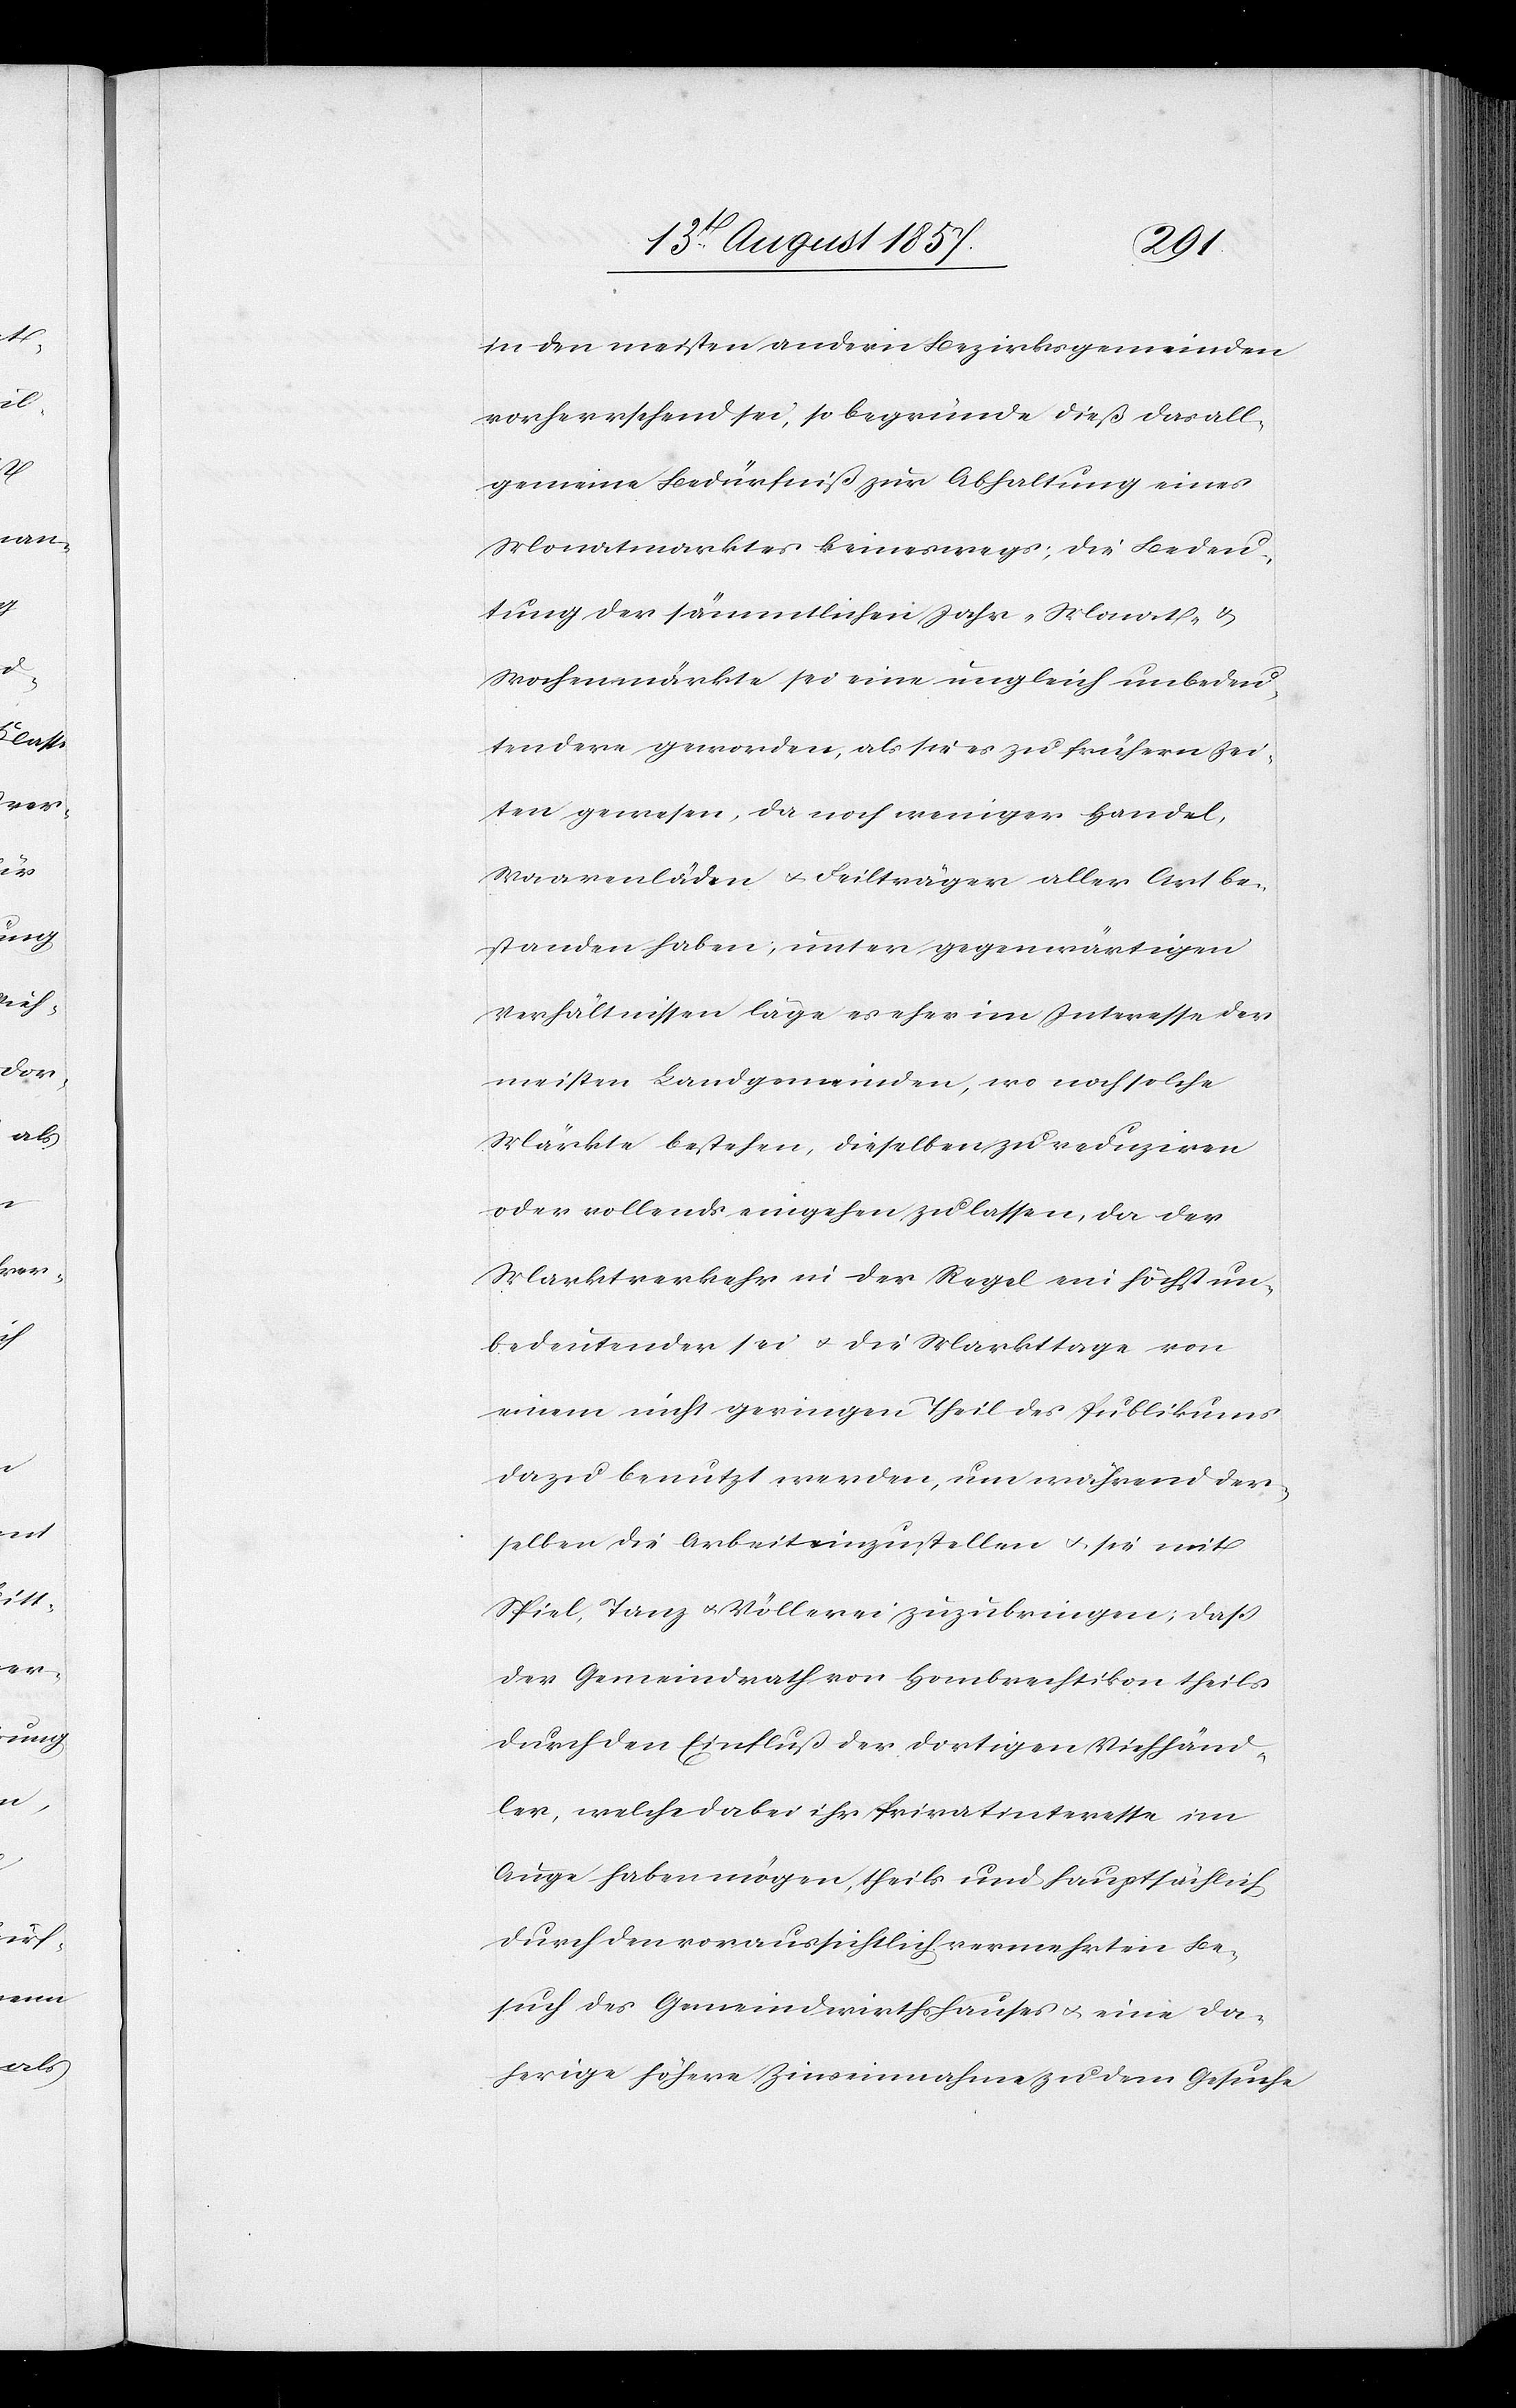
in den meisten andern Bezirksgemeinden
vorherrschend sei, so begründe dieß das all¬
gemeine Bedürfniß zur Abhaltung eines
Monatmarktes keineswegs; die Bedeu¬
tung der sämmtlichen Jahr- Monat- &
Wochenmärkte sei eine ungleich unbedeu¬
tendere geworden, als sie es zu frühern Zei¬
ten gewesen, da noch weniger Handel,
Waarenläden & Feilträger aller Art be¬
standen haben, unter gegenwärtigen
Verhältnissen läge es eher im Interesse der
meisten Landgemeinden, wo noch solche
Märkte bestehen, dieselben zu reduziren
oder vollends eingehen zu lassen, da der
Marktverkehr in der Regel ein höchst un¬
bedeutender sei & die Markttage von
einem nicht geringen Theil des Publikums
dazu benutzt werden, um während der¬
selben die Arbeit einzustellen & sie mit
Spiel, Tanz & Völlerei zuzubringen; daß
der Gemeindrath von Hombrechtikon theils
durch den Einfluß der dortigen Viehhänd¬
ler, welche dabei ihr Privatinteresse im
Auge haben mögen, theils und hauptsächlich
durch den voraussichtlich vermehrten Be¬
such des Gemeindwirthshauses & eine da¬
herige höhere Zinseinahme zu dem Gesuche